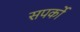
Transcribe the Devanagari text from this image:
सपर्को